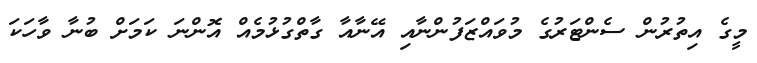
މީގެ އިތުރުން ސެންޓަރުގެ މުވައްޒަފުންނާއި އޭނާއާ ގާތްގުޅުމެއް އޮންނަ ކަމަށް ބުނާ ވާހަކަ